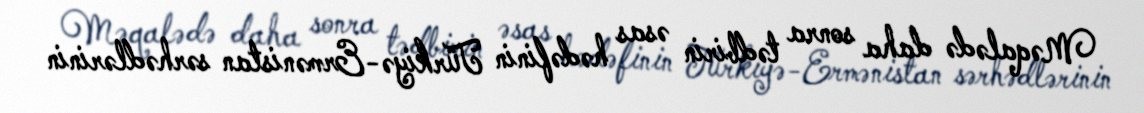
Məqalədə daha sonra tədbirin əsas hədəfinin Türkiyə-Ermənistan sərhədlərinin